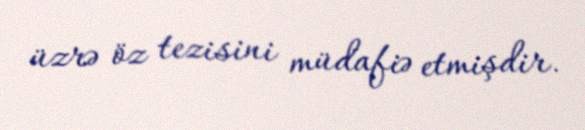
üzrə öz tezisini müdafiə etmişdir.